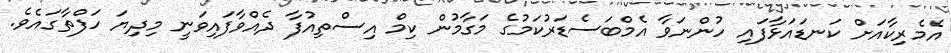
އެމެރިކާއަށް ކަނޑައަޅާފައި ހުންނަވާ އެމްބަސެޑަރުކަމުގެ މަގާމުން ކިމް އިސްތިއުފާ ދެއްވާފައިވަނީ މިދިޔަ ހަފްތާގައެވެ.